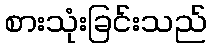
စားသုံးခြင်းသည်